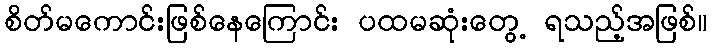
စိတ်မကောင်းဖြစ်နေကြောင်း ပထမဆုံးတွေ့ ရသည့်အဖြစ်။